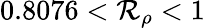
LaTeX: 0.8076<\mathcal{R}_{\rho}<1